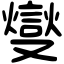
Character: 燮